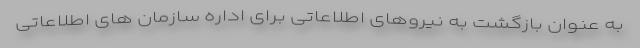
به عنوان بازگشت به نیروهای اطلاعاتی برای اداره سازمان های اطلاعاتی